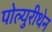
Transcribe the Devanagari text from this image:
पोल्युरीथेन